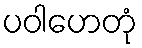
ပဝါဟေတုံ